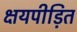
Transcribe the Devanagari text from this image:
क्षयपीड़ित